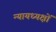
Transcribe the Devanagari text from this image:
न्यायध्यक्षों